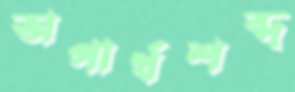
অপার্থশব্দ